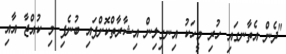
"ދެންް އެތާނގައި ހުރި މީހަކު އިނގިލިން އިޝާރާތްކޮށްފައި ބުނެފި މި ކުއްޖާ އާއި